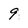
Character: 9